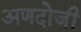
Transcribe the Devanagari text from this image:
अणदोजी